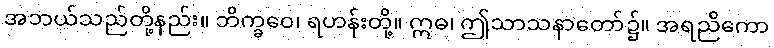
အဘယ်သည်တို့နည်း။ ဘိက္ခဝေ၊ ရဟန်းတို့။ ဣဓ၊ ဤသာသနာတော်၌။ အရညိကော